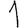
Digit: 1